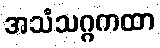
အသံသဂ္ဂကထာ